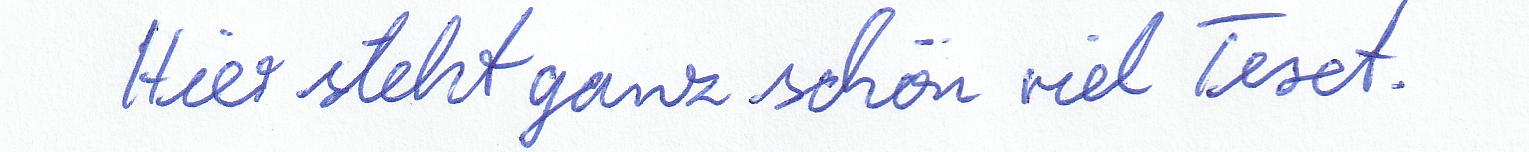
Hier steht ganz schön viel Text.